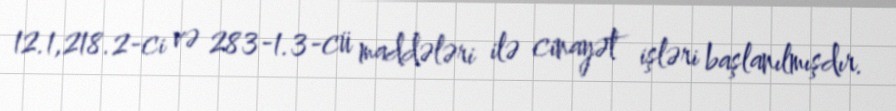
12.1,218.2-ci və 283-1.3-cü maddələri ilə cinayət işləri başlanılmışdır.